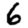
Digit: 6